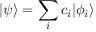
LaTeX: | \psi \rangle = \sum _ { i } c _ { i } | \phi _ { i } \rangle